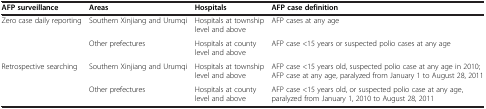
<table><thead><tr><td><b>AFP surveillance</b></td><td><b>Areas</b></td><td><b>Hospitals</b></td><td><b>AFP case definition</b></td></tr></thead><tbody><tr><td rowspan="2">Zero case daily reporting</td><td>Southern Xinjiang and Urumqi</td><td>Hospitals at township level and above</td><td>AFP cases at any age</td></tr><tr><td>Other prefectures</td><td>Hospitals at county level and above</td><td>AFP case &lt;15 years or suspected polio cases at any age</td></tr><tr><td rowspan="2">Retrospective searching</td><td>Southern Xinjiang and Urumqi</td><td>Hospitals at township level and above</td><td>AFP case &lt;15 years old, suspected polio case at any age in 2010; AFP case at any age, paralyzed from January 1 to August 28, 2011</td></tr><tr><td>Other prefectures</td><td>Hospitals at county level and above</td><td>AFP case &lt;15 years old, or suspected polio case at any age, paralyzed from January 1, 2010 to August 28, 2011</td></tr></tbody></table>